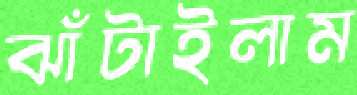
ঝাঁটাইলাম